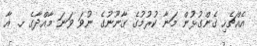
އެއްޗެހި ގެންގުޅުން މަނާ ކުރުމުގެ ގާނޫނުގެ ނުވަ ވަނަ މާއްދާގެ ހ. އާ